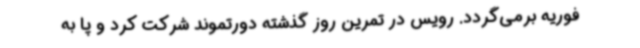
فوریه برمی‌گردد. رویس در تمرین روز گذشته دورتموند شرکت کرد و پا به